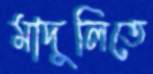
মাদুলিতে